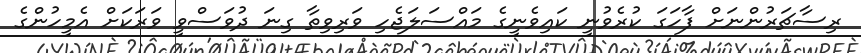
ރިސާޗަރުންނަށް ފާހަގަ ކުރެވުނީ ކައިވެނީގެ މައްސަލަޖެހި ވަރިވިތާ ގިނަ ދުވަސްވީ ވަރަކަށް އެމީހުންގެ